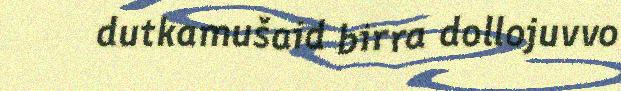
dutkamušaid birra dollojuvvo